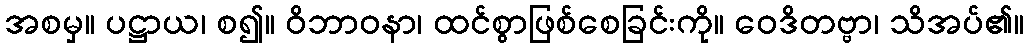
အစမှ။ ပဋ္ဌာယ၊ စ၍။ ဝိဘာဝနာ၊ ထင်စွာဖြစ်စေခြင်းကို။ ဝေဒိတဗ္ဗာ၊ သိအပ်၏။